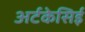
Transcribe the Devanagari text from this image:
अर्टकेसिई